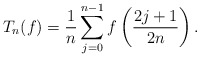
\begin{align*}T_n(f)=\frac{1}{n}\sum_{j=0}^{n-1} f\left(\frac{2 j+1}{2 n}\right).\end{align*}